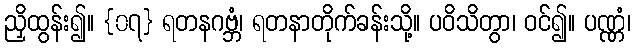
ညှိထွန်း၍။ {၀၇} ရတနဂဗ္ဘံ၊ ရတနာတိုက်ခန်းသို့။ ပဝိသိတွာ၊ ဝင်၍။ ပဏ္ဏံ၊